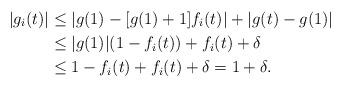
LaTeX: \begin{align*} |g_i(t)| &\le |g(1) - [g(1)+1]f_i(t)| + |g(t) - g(1)| \\ &\le |g(1)| (1-f_i(t)) + f_i(t) + \delta\\ &\le 1 - f_i(t) + f_i(t) + \delta = 1 + \delta. \end{align*}